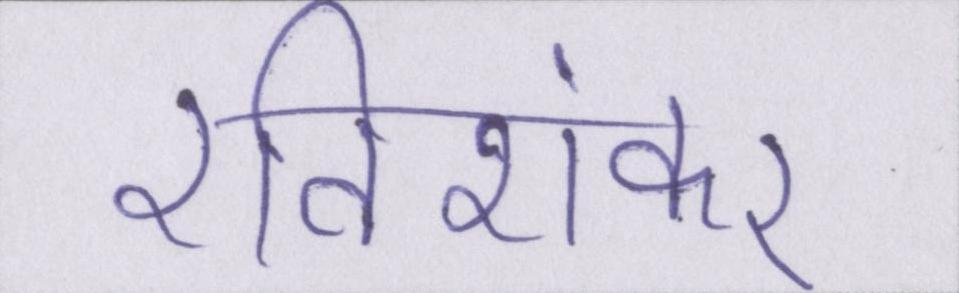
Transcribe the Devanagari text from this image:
रविशंकर